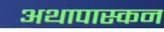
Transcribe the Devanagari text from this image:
अथापास्कन